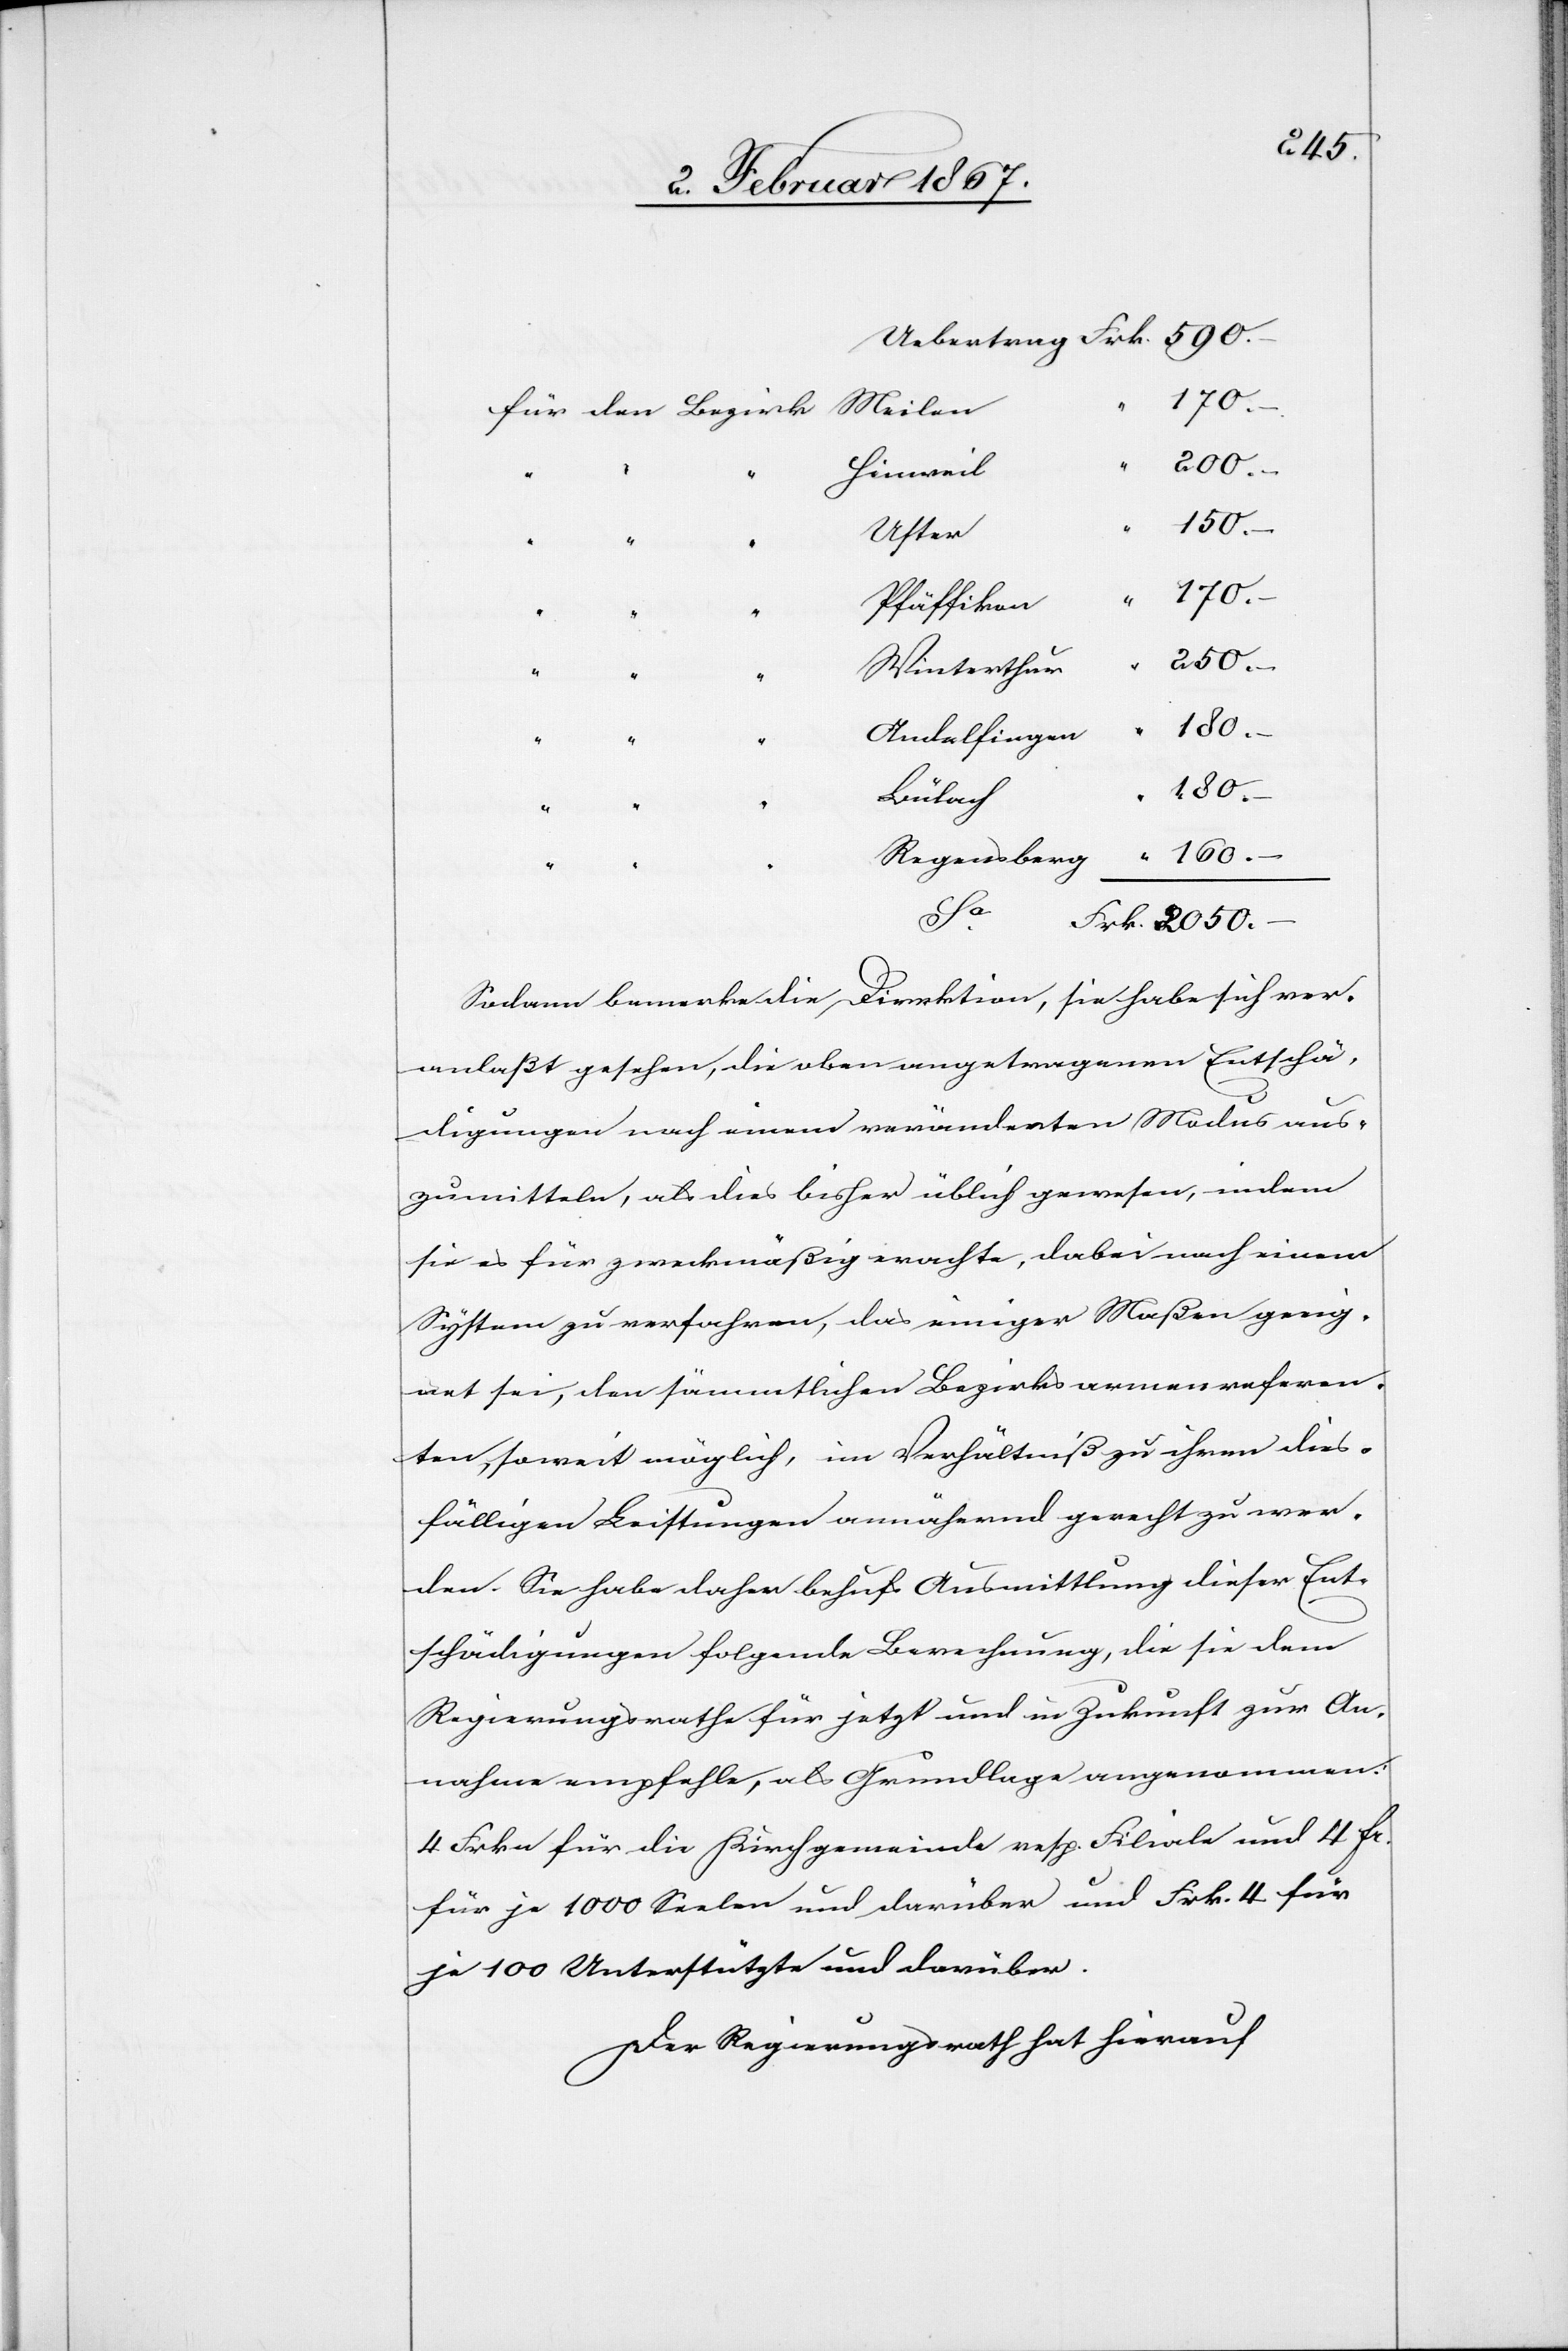
Meilen
für den Bezirk
Sodann bemerke die Direktion, sie habe sich ver¬
anlaßt gesehen die oben angetragenen Entschä¬
digungen nach einem veränderten Modus aus¬
zumitteln, als dies bisher üblich gewesen, indem
sie es für zweckmäßig erachte, dabei nach einem
System zu verfahren, das einiger Maßen geeig¬
net sei, den sämmtlichen Bezirksarmenreferen¬
ten, soweit möglich, im Verhältniß zu ihren dies¬
fälligen Leistungen annähernd gerecht zu wer¬
den. Sie habe daher behufs Ausmittlung dieser Ent¬
schädigungen folgende Berechnung, die sie dem
Regierungsrathe für jetzt und in Zukunft zur An¬
nahme empfehle, als Grundlage angenommen:
4 Frkn für die Kirchgemeinde resp. Filiale und 4 fr.
für je 1000 Seelen und darüber und Frk. 4 für
je 100 Unterstützte und darüber.
Der Regierungsrath hat hierauf